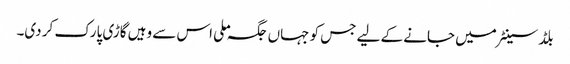
بلڈ سینٹر میں جانے کے لیے جس کو جہاں جگہ ملی اس سے وہیں گاڑی پارک کر دی۔